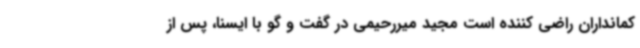
کمانداران راضی کننده است مجید میررحیمی در گفت و گو با ایسنا، پس از